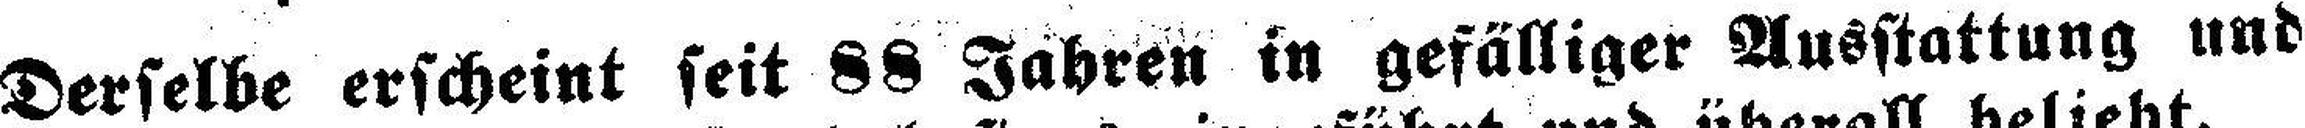
Derselbe erscheint seit 88 Jahren in gefälliger Ausstattung und